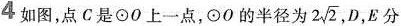
4如图，点C是\odot O上一点，\odot O的半径为2 \sqrt{2}, D，E分